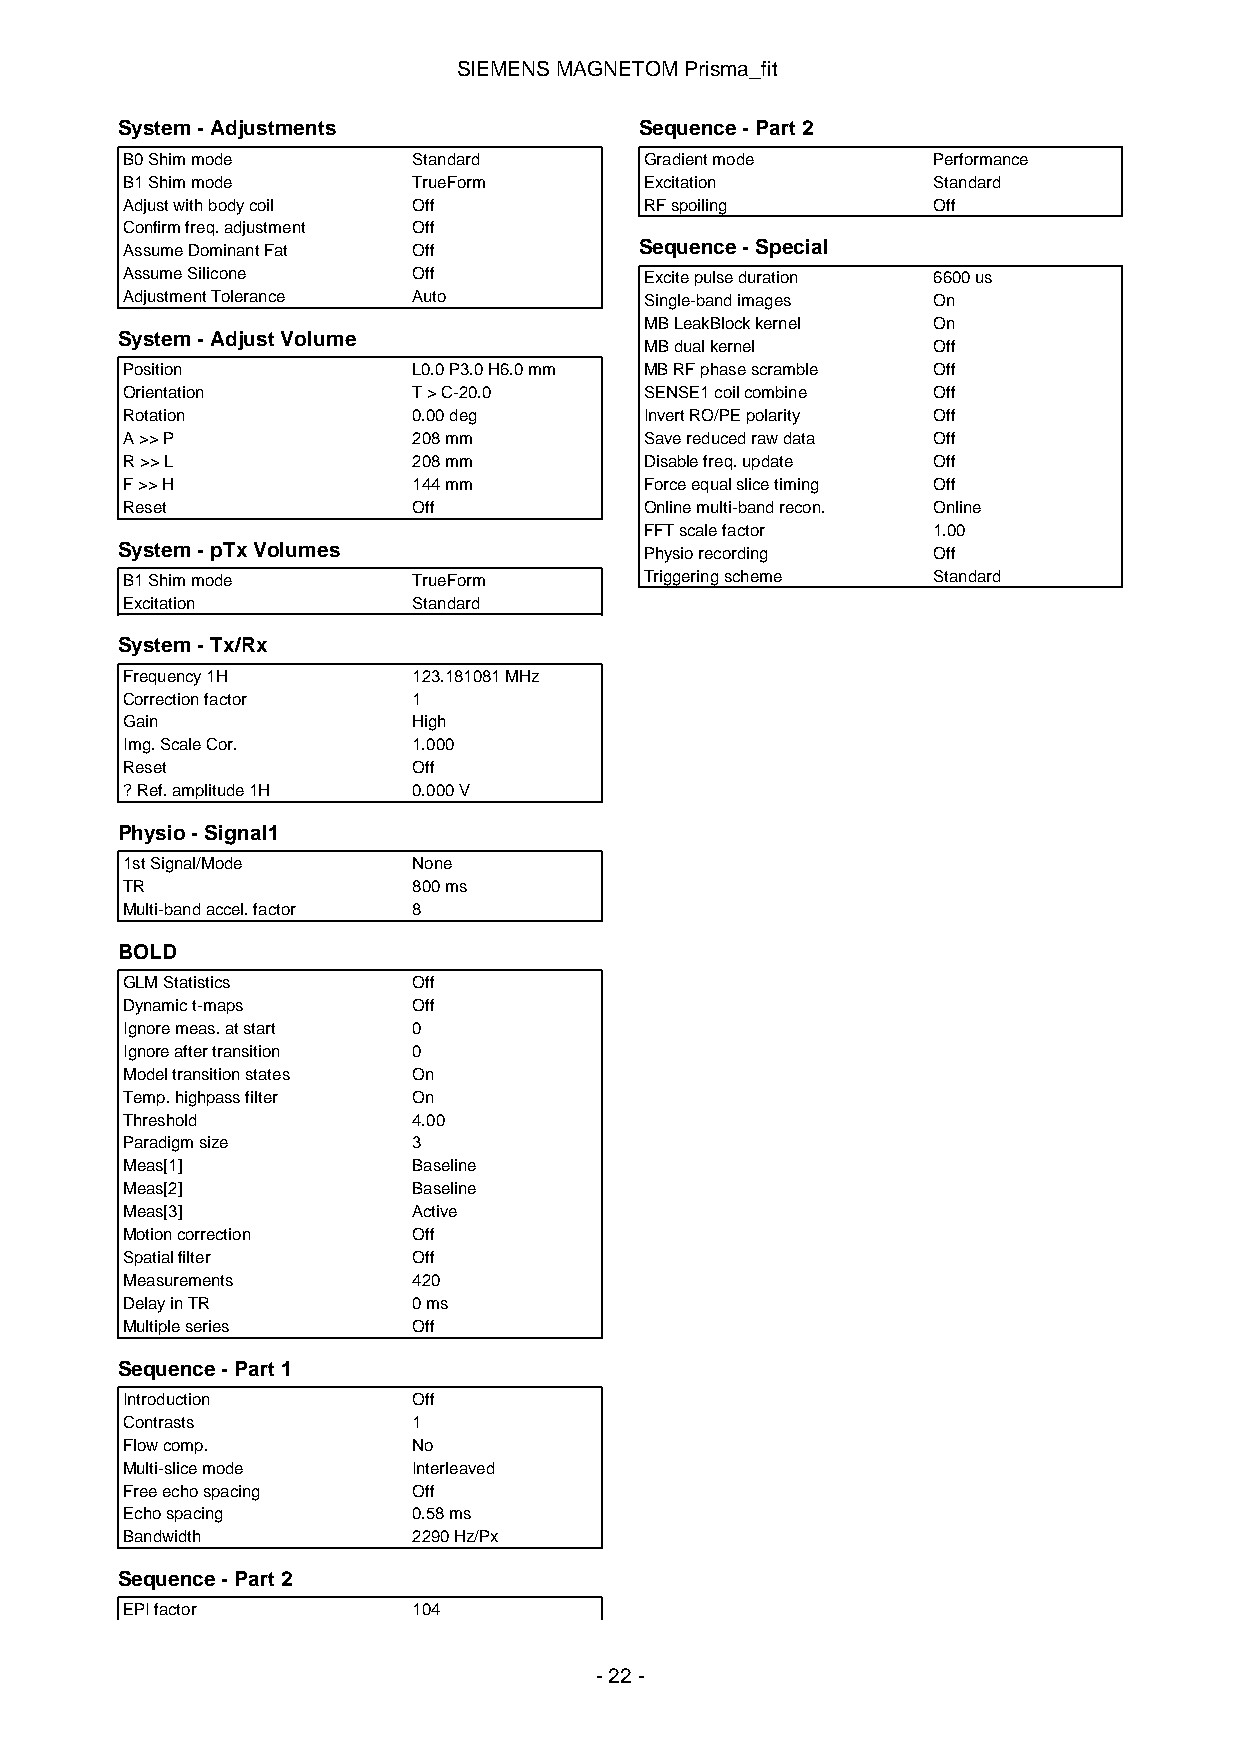
SIEMENSMAGNETOMPrisma_fit
 System-Adjustments                Sequence-Part2
 B0Shimmode         Standard        Gradientmode       Performance
 B1Shimmode         TrueForm        Excitation         Standard
 Adjustwithbodycoil Off             RFspoiling         Off
 Confirmfreq.adjustment Off
 AssumeDominantFat  Off            Sequence-Special
 AssumeSilicone     Off             Excitepulseduration 6600us
 AdjustmentTolerance Auto           Single-bandimages  On
 MBLeakBlockkernel  On
 System-AdjustVolume
 MBdualkernel       Off
 Position           L0.0P3.0H6.0mm  MBRFphasescramble  Off
 Orientation        T>C-20.0        SENSE1coilcombine  Off
 Rotation           0.00deg         InvertRO/PEpolarity Off
 A>>P               208mm           Savereducedrawdata Off
 R>>L               208mm           Disablefreq.update Off
 F>>H               144mm           Forceequalslicetiming Off
 Reset              Off             Onlinemulti-bandrecon. Online
 FFTscalefactor     1.00
 System-pTxVolumes                  Physiorecording    Off
 B1Shimmode         TrueForm        Triggeringscheme   Standard
 Excitation         Standard
 System-Tx/Rx
 Frequency1H        123.181081MHz
 Correctionfactor   1
 Gain               High
 Img.ScaleCor.      1.000
 Reset              Off
 ?Ref.amplitude1H   0.000V
 Physio-Signal1
 1stSignal/Mode     None
 TR                 800ms
 Multi-bandaccel.factor 8
 BOLD
 GLMStatistics      Off
 Dynamict-maps      Off
 Ignoremeas.atstart 0
 Ignoreaftertransition 0
 Modeltransitionstates On
 Temp.highpassfilter On
 Threshold          4.00
 Paradigmsize       3
 Meas[1]            Baseline
 Meas[2]            Baseline
 Meas[3]            Active
 Motioncorrection   Off
 Spatialfilter      Off
 Measurements       420
 DelayinTR          0ms
 Multipleseries     Off
 Sequence-Part1
 Introduction       Off
 Contrasts          1
 Flowcomp.          No
 Multi-slicemode    Interleaved
 Freeechospacing    Off
 Echospacing        0.58ms
 Bandwidth          2290Hz/Px
 Sequence-Part2
 EPIfactor          104
 -22-